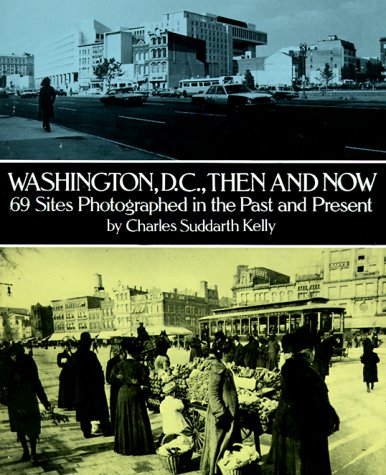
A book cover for Washington, D.C., Then and Now: 69 Sites Photographed in the Past and Present (Then & Now Views); Charles Suddarth Kelly; Travel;